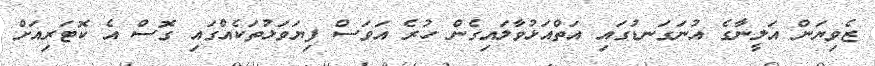
ޒެވިޔަން އަލީނާގެ އުނަގަނޑުގައި އަތްއަޅުވާލައިގެން ހުރެ އަވަސް ފިޔަވަޅުތަކެއްގައި ގޮސް އެ ކޮޓަރިއަށް